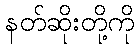
နတ်ဆိုးတို့ကို